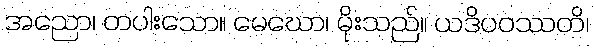
အညော၊ တပါးသော။ မေဃော၊ မိုးသည်။ ယဒိပဝဿတိ၊